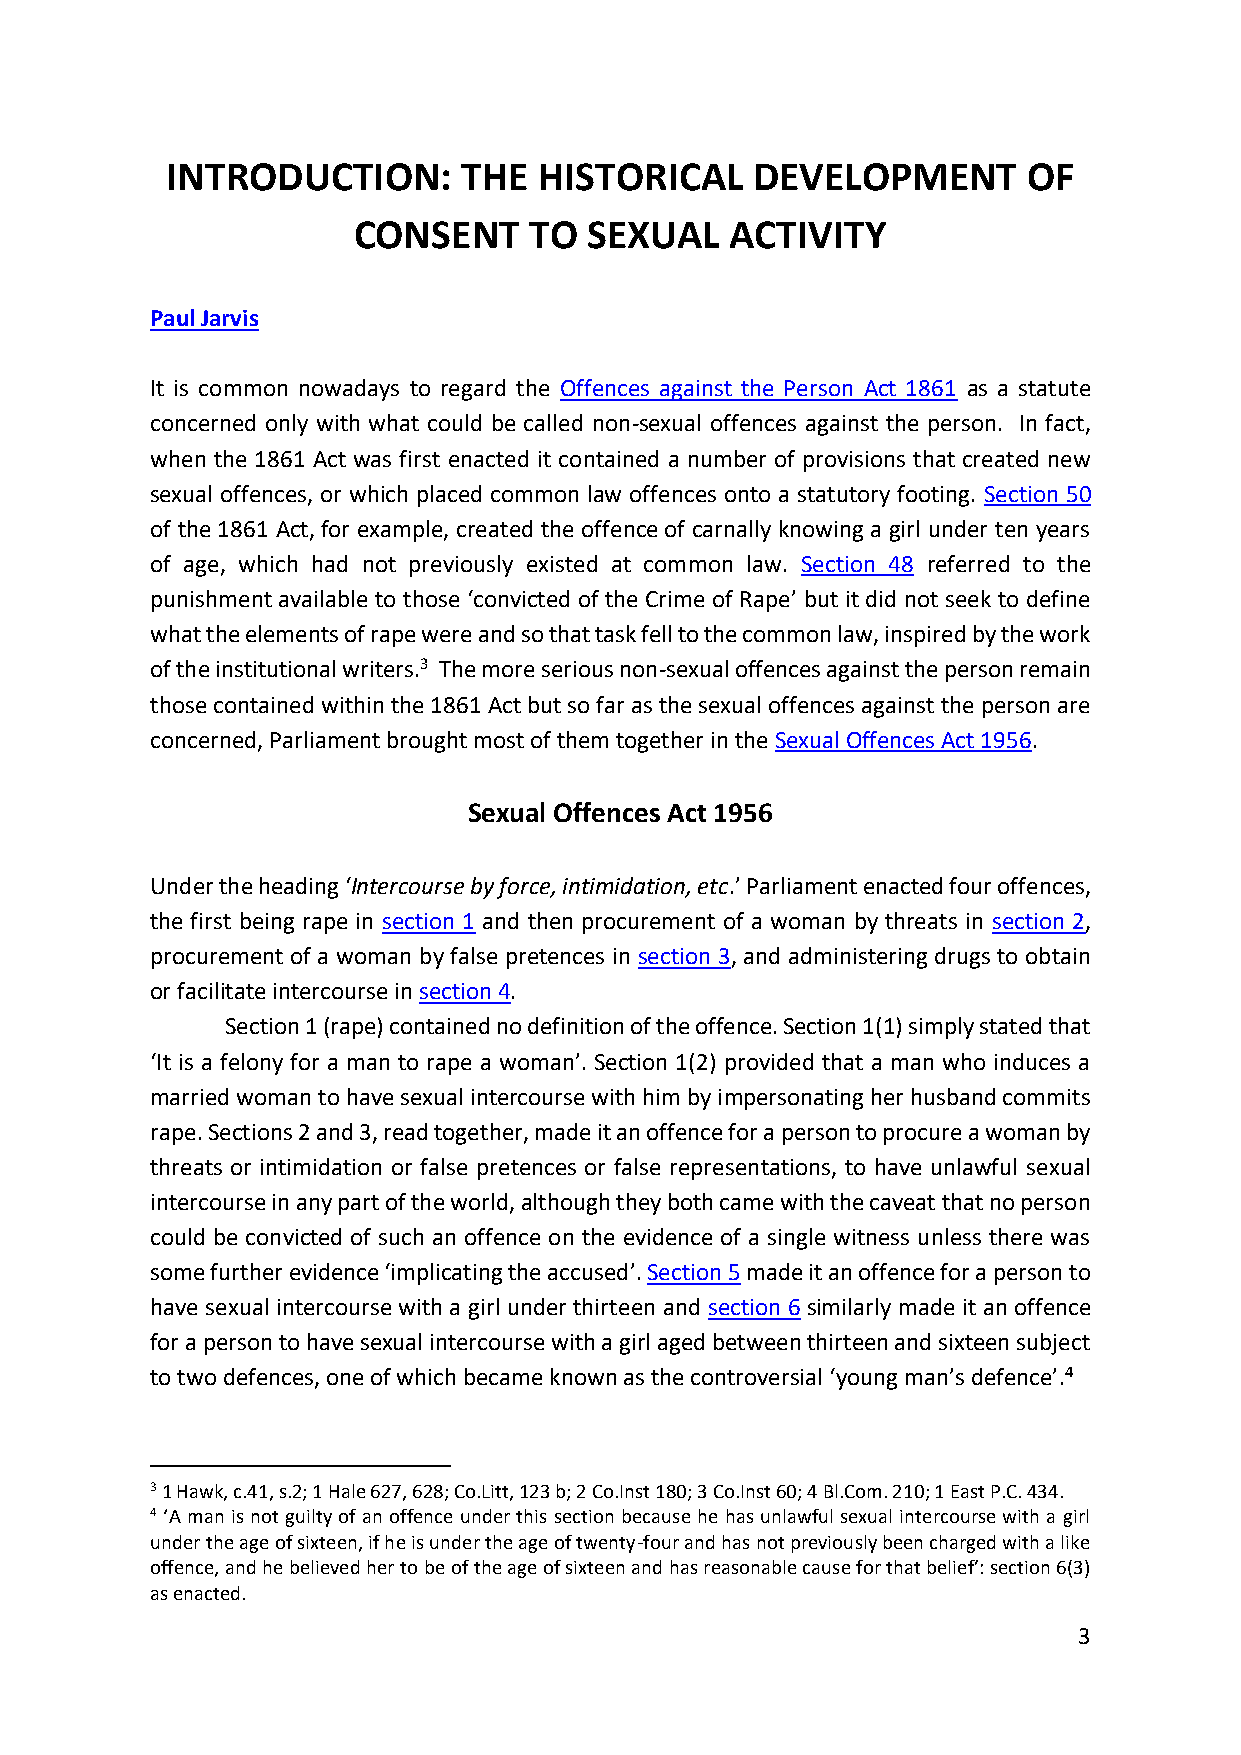
INTRODUCTION:       THE  HISTORICAL    DEVELOPMENT       OF
 CONSENT     TO  SEXUAL   ACTIVITY
 Paul Jarvis
 It is common nowadays to regard the Offences against the Person Act 1861 as a statute
 concerned only with what could be called non-sexual offences against the person. In fact,
 when the 1861 Act was first enacted it contained a number of provisions that created new
 sexual offences, or which placed common law offences onto a statutory footing. Section 50
 of the 1861 Act, for example, created the offence of carnally knowing a girl under ten years
 of age, which had not previously existed at common law. Section 48 referred to the
 punishment available to those ‘convicted of the Crime of Rape’ but it did not seek to define
 what the elements of rape were and so that task fell to the common law, inspired by the work
 of the institutional writers.3 The more serious non-sexual offences against the person remain
 those contained within the 1861 Act but so far as the sexual offences against the person are
 concerned, Parliament brought most of them together in the Sexual Offences Act 1956.
 Sexual Offences Act 1956
 Under the heading ‘Intercourse by force, intimidation, etc.’ Parliament enacted four offences,
 the first being rape in section 1 and then procurement of a woman by threats in section 2,
 procurement of a woman by false pretences in section 3, and administering drugs to obtain
 or facilitate intercourse in section 4.
 Section 1 (rape) contained no definition of the offence. Section 1(1) simply stated that
 ‘It is a felony for a man to rape a woman’. Section 1(2) provided that a man who induces a
 married woman to have sexual intercourse with him by impersonating her husband commits
 rape. Sections 2 and 3, read together, made it an offence for a person to procure a woman by
 threats or intimidation or false pretences or false representations, to have unlawful sexual
 intercourse in any part of the world, although they both came with the caveat that no person
 could be convicted of such an offence on the evidence of a single witness unless there was
 some further evidence ‘implicating the accused’. Section 5 made it an offence for a person to
 have sexual intercourse with a girl under thirteen and section 6 similarly made it an offence
 for a person to have sexual intercourse with a girl aged between thirteen and sixteen subject
 to two defences, one of which became known as the controversial ‘young man’s defence’.4
 3 1 Hawk, c.41, s.2; 1 Hale 627, 628; Co.Litt, 123 b; 2 Co.Inst 180; 3 Co.Inst 60; 4 Bl.Com. 210; 1 East P.C. 434.
 4 ‘A man is not guilty of an offence under this section because he has unlawful sexual intercourse with a girl
 under the age of sixteen, if he is under the age of twenty-four and has not previously been charged with a like
 offence, and he believed her to be of the age of sixteen and has reasonable cause for that belief’: section 6(3)
 as enacted.
 3